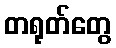
တရုတ်တွေ